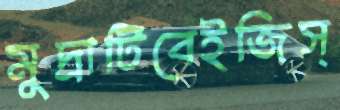
মুদ্রাটিবেইজিস্